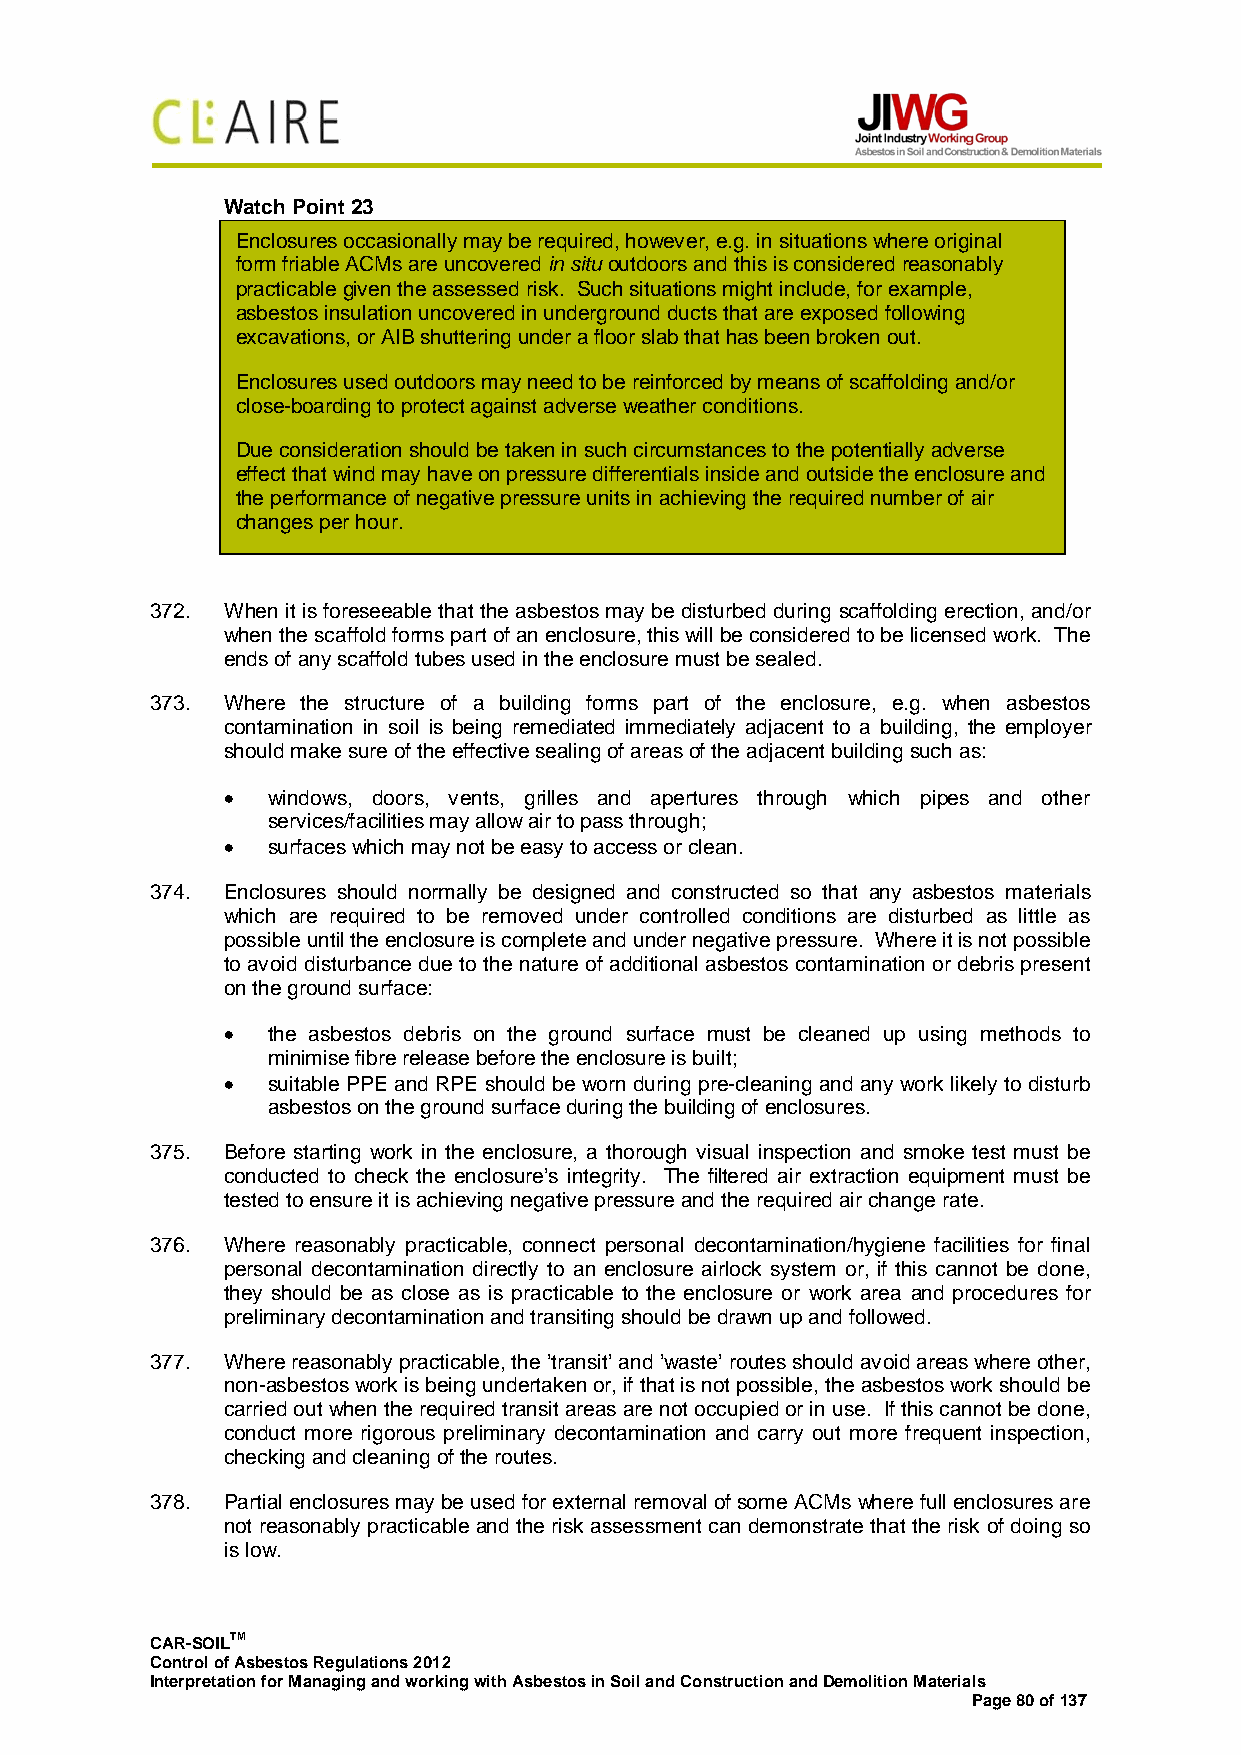
Watch Point 23
 Enclosures occasionally may be required, however, e.g. in situations where original
 form friable ACMs are uncovered in situ outdoors and this is considered reasonably
 practicable given the assessed risk. Such situations might include, for example,
 asbestos insulation uncovered in underground ducts that are exposed following
 excavations, or AIB shuttering under a floor slab that has been broken out.
 Enclosures used outdoors may need to be reinforced by means of scaffolding and/or
 close-boarding to protect against adverse weather conditions.
 Due consideration should be taken in such circumstances to the potentially adverse
 effect that wind may have on pressure differentials inside and outside the enclosure and
 the performance of negative pressure units in achieving the required number of air
 changes per hour.
 372. When it is foreseeable that the asbestos may be disturbed during scaffolding erection, and/or
 when the scaffold forms part of an enclosure, this will be considered to be licensed work. The
 ends of any scaffold tubes used in the enclosure must be sealed.
 373. Where the structure of a building forms part of the enclosure, e.g. when asbestos
 contamination in soil is being remediated immediately adjacent to a building, the employer
 should make sure of the effective sealing of areas of the adjacent building such as:
 •  windows, doors, vents, grilles and apertures through which pipes and other
 services/facilities may allow air to pass through;
 •  surfaces which may not be easy to access or clean.
 374. Enclosures should normally be designed and constructed so that any asbestos materials
 which are required to be removed under controlled conditions are disturbed as little as
 possible until the enclosure is complete and under negative pressure. Where it is not possible
 to avoid disturbance due to the nature of additional asbestos contamination or debris present
 on the ground surface:
 •  the asbestos debris on the ground surface must be cleaned up using methods to
 minimise fibre release before the enclosure is built;
 •  suitable PPE and RPE should be worn during pre-cleaning and any work likely to disturb
 asbestos on the ground surface during the building of enclosures.
 375. Before starting work in the enclosure, a thorough visual inspection and smoke test must be
 conducted to check the enclosure’s integrity. The filtered air extraction equipment must be
 tested to ensure it is achieving negative pressure and the required air change rate.
 376. Where reasonably practicable, connect personal decontamination/hygiene facilities for final
 personal decontamination directly to an enclosure airlock system or, if this cannot be done,
 they should be as close as is practicable to the enclosure or work area and procedures for
 preliminary decontamination and transiting should be drawn up and followed.
 377. Where reasonably practicable, the ’transit’ and ’waste’ routes should avoid areas where other,
 non-asbestos work is being undertaken or, if that is not possible, the asbestos work should be
 carried out when the required transit areas are not occupied or in use. If this cannot be done,
 conduct more rigorous preliminary decontamination and carry out more frequent inspection,
 checking and cleaning of the routes.
 378. Partial enclosures may be used for external removal of some ACMs where full enclosures are
 not reasonably practicable and the risk assessment can demonstrate that the risk of doing so
 is low.
 CAR-SOILTM
 Control of Asbestos Regulations 2012
 Interpretation for Managing and working with Asbestos in Soil and Construction and Demolition Materials
 Page 80 of 137